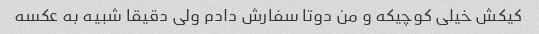
کیکش خیلی کوچیکه و من دوتا سفارش دادم ولی دقیقا شبیه به عکسه